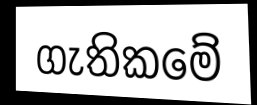
ගැතිකමේ